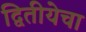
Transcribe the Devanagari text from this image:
द्वितीयेचा